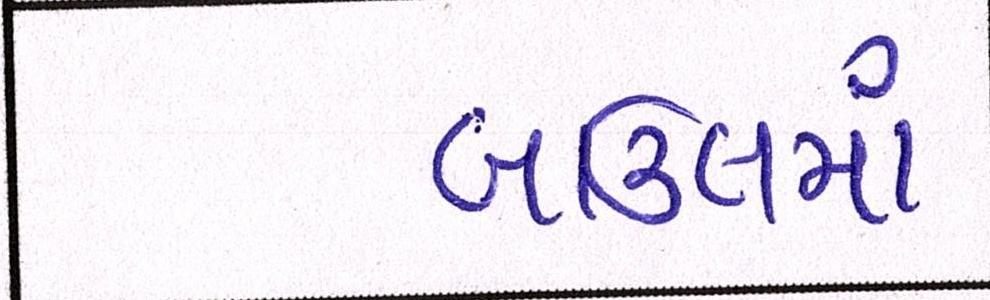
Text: બાઉલમાં